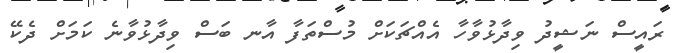
ރައީސް ނަޝީދު ވިދާޅުވާހާ އެއްޗަކަށް މުސްތަފާ އާނ ބަސް ވިދާޅުވާނެ ކަމަށް ދެކޭ